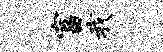
富我